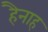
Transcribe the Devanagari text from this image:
हैनाह